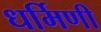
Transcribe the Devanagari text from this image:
धर्मिणी